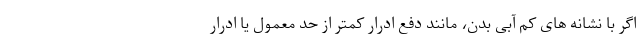
اگر با نشانه های کم آبی بدن، مانند دفع ادرار کمتر از حد معمول یا ادرار